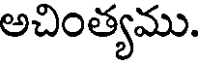
అచింత్యము.